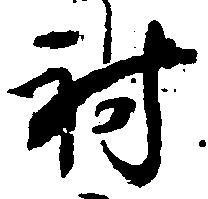
射